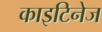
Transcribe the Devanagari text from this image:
काइटिनेज